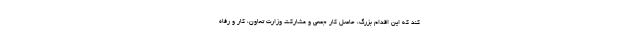
کند که این اقدام بزرگ، حاصل کار جمعی و مشارکت وزارت تعاون، کار و رفاه